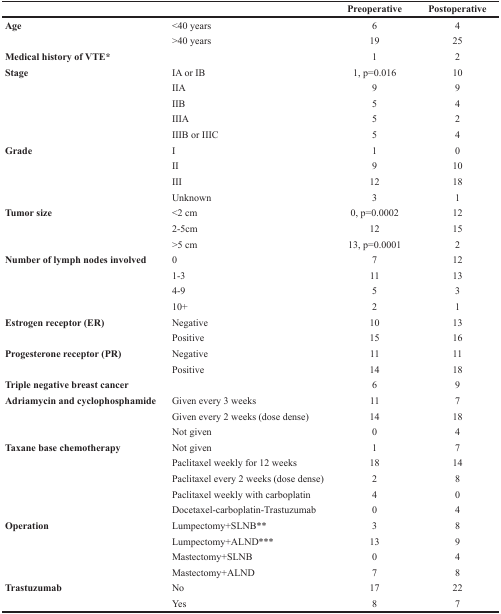
|  |  | Preoperative | Postoperative |
 | --- | --- | --- | --- |
 | Age | <40 years | 6 | 4 |
 |  | >40 years | 19 | 25 |
 | Medical history of VTE* |  | 1 | 2 |
 | Stage | IA or IB | 1, p=0.016 | 10 |
 |  | IIA | 9 | 9 |
 |  | IIB | 5 | 4 |
 |  | IIIA | 5 | 2 |
 |  | IIIB or IIIC | 5 | 4 |
 | Grade | I | 1 | 0 |
 |  | II | 9 | 10 |
 |  | III | 12 | 18 |
 |  | Unknown | 3 | 1 |
 | Tumor size | <2 cm | 0, p=0.0002 | 12 |
 |  | 2-5cm | 12 | 15 |
 |  | >5 cm | 13, p=0.0001 | 2 |
 | Number of lymph nodes involved | 0 | 7 | 12 |
 |  | 1-3 | 11 | 13 |
 |  | 4-9 | 5 | 3 |
 |  | 10+ | 2 | 1 |
 | Estrogen receptor (ER) | Negative | 10 | 13 |
 |  | Positive | 15 | 16 |
 | Progesterone receptor (PR) | Negative | 11 | 11 |
 |  | Positive | 14 | 18 |
 | Triple negative breast cancer |  | 6 | 9 |
 | Adriamycin and cyclophosphamide | Given every 3 weeks | 11 | 7 |
 |  | Given every 2 weeks (dose dense) | 14 | 18 |
 |  | Not given | 0 | 4 |
 | Taxane base chemotherapy | Not given | 1 | 7 |
 |  | Paclitaxel weekly for 12 weeks | 18 | 14 |
 |  | Paclitaxel every 2 weeks (dose dense) | 2 | 8 |
 |  | Paclitaxel weekly with carboplatin | 4 | 0 |
 |  | Docetaxel-carboplatin-Trastuzumab | 0 | 4 |
 | Operation | Lumpectomy+SLNB** | 3 | 8 |
 |  | Lumpectomy+ALND*** | 13 | 9 |
 |  | Mastectomy+SLNB | 0 | 4 |
 |  | Mastectomy+ALND | 7 | 8 |
 | Trastuzumab | No | 17 | 22 |
 |  | Yes | 8 | 7 |